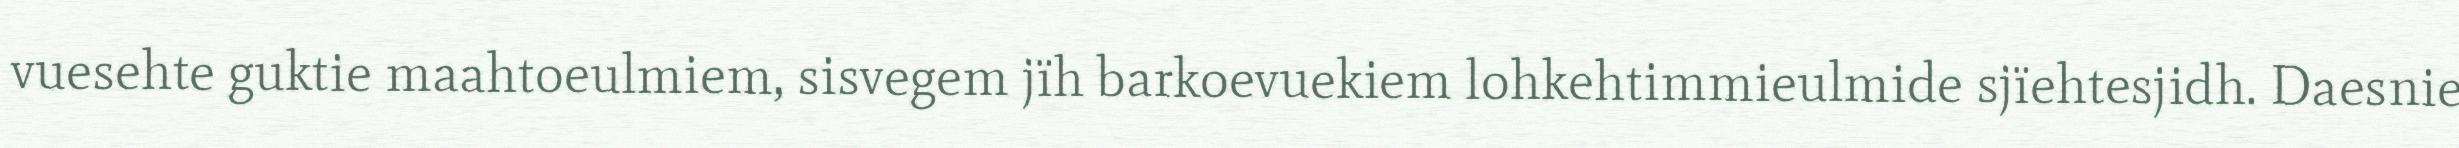
vuesehte guktie maahtoeulmiem, sisvegem jïh barkoevuekiem lohkehtimmieulmide sjïehtesjidh. Daesnie